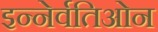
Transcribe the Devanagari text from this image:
इन्नेर्वतिओन